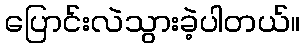
ပြောင်းလဲသွားခဲ့ပါတယ်။